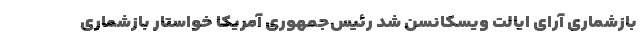
بازشماری آرای ایالت ویسکانسن شد رئیس‌جمهوری آمریکا خواستار بازشماری